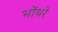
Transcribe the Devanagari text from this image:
भोंथरे